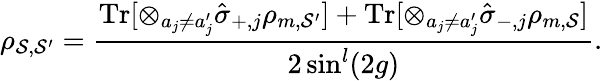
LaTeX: \rho_{\mathcal{S},\mathcal{S}^{\prime}}=\frac{\mathrm{Tr}[\otimes_{a_{j}\neq a_{j}^{\prime}}\hat{\sigma}_{+,j}\rho_{m,\mathcal{S}^{\prime}}]+\mathrm{Tr}[\otimes_{a_{j}\neq a_{j}^{\prime}}\hat{\sigma}_{-,j}\rho_{m,\mathcal{S}}]}{2\sin^{l}(2g)}.